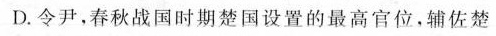
D.令尹,春秋战国时期楚国设置的最高官位,辅佐楚